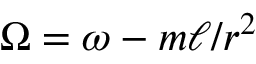
\Omega = \omega - m \ell / r ^ { 2 }